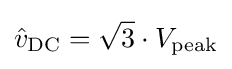
{\hat {v}}_{\mathrm {DC} }={\sqrt {3}}\cdot V_{\mathrm {peak} }